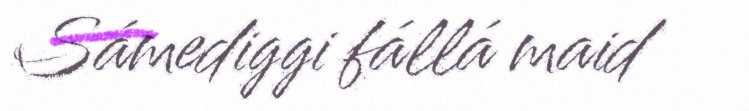
Sámediggi fállá maid